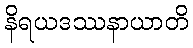
နိရယဒဿနာယာတိ